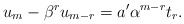
\begin{align*} u_m-\beta^ru_{m-r}=a'\alpha^{m-r}t_r.\end{align*}